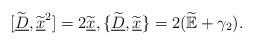
LaTeX: \begin{align*} [\widetilde{\underline{D}}, \widetilde{\underline{x}}^2]=2 \widetilde{\underline{x}},\{\widetilde{\underline{D}},\widetilde{\underline{x}}\}=2(\widetilde{\mathbb{E}}+\gamma_2).\end{align*}